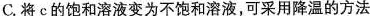
C.将c的饱和溶液变为不饱和溶液，可采用降温的方法